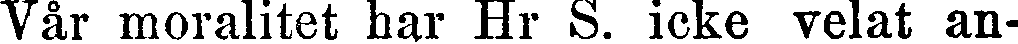
Vår moralitet har Hr S. icke velat an-